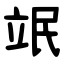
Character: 䇇